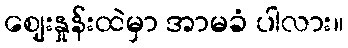
ဈေးနှုန်းထဲမှာ အာမခံ ပါလား။